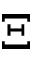
\Xi